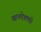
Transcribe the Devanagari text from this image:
खानदेशमधे